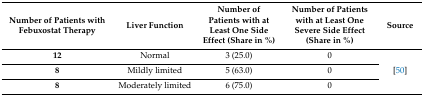
<table><thead><tr><td><b>Number of Patients with Febuxostat Therapy</b></td><td><b>Liver Function</b></td><td><b>Number of Patients with at Least One Side Effect (Share in %)</b></td><td><b>Number of Patients with at Least One Severe Side Effect (Share in %)</b></td><td><b>Source</b></td></tr></thead><tbody><tr><td><b>12</b></td><td>Normal</td><td>3 (25.0)</td><td>0</td><td rowspan="3">[50]</td></tr><tr><td><b>8</b></td><td>Mildly limited</td><td>5 (63.0)</td><td>0</td></tr><tr><td><b>8</b></td><td>Moderately limited</td><td>6 (75.0)</td><td>0</td></tr></tbody></table>